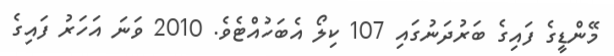
މޭންޑީގެ ފައިގެ ބަރުދަނުގައި 107 ކިލޯ އެބަހުއްޓެވެ. 2010 ވަނަ އަހަރު ފައިގެ